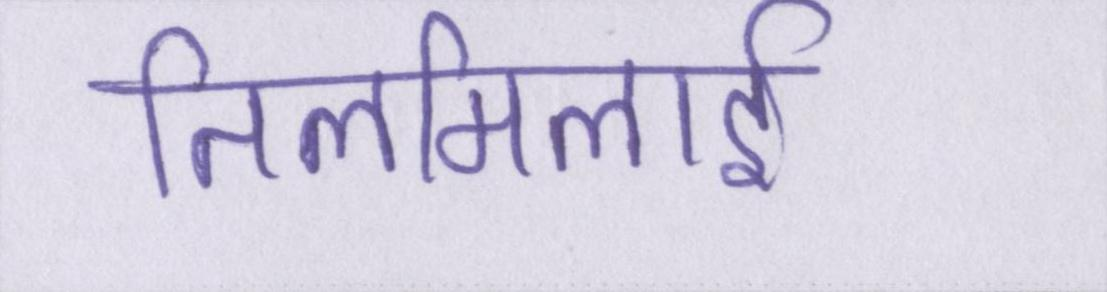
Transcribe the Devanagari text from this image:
तिलमिलाई